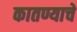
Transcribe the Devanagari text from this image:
कातण्याचे